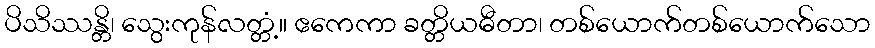
ပိသိဿန္တိ၊ သွေးကုန်လတ္တံ့။ ဧကေကာ ခတ္တိယဓီတာ၊ တစ်ယောက်တစ်ယောက်သော